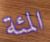
المئة